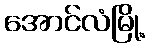
အောင်လံမြို့